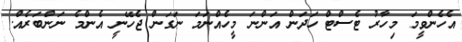
އެހެންވީމަ މިހާރު ޓެސްޓް ހަދަން އަންނަ މީހެއްނަމަ ނަގަން ޖެހޭނީ އެންމެ ނަންބަރެއް.